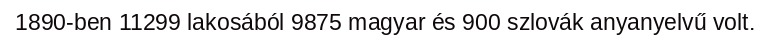
1890-ben 11299 lakosából 9875 magyar és 900 szlovák anyanyelvű volt.